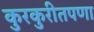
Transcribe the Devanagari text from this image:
कुरकुरीतपणा